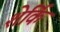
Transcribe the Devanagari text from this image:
शेर्कि